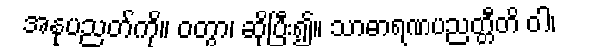
အနုပညတ်ကို။ ဝတွာ၊ ဆိုပြီး၍။ သာဓာရဏပညတ္တီတိ ဝါ၊